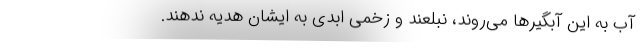
آب به این آبگیرها می‌روند، نبلعند و زخمی ابدی به ایشان هدیه ندهند.